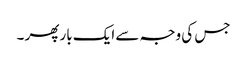
جس کی وجہ سے ایک بار پھر ۔